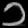
Digit: ၁